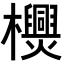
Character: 𣠪